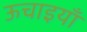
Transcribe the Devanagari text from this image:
ऊचाइयाँ